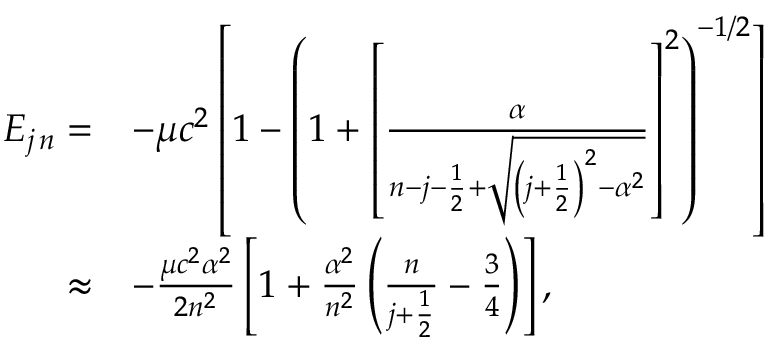
{ \begin{array} { r l } { E _ { j \, n } = } & { - \mu c ^ { 2 } \left[ 1 - \left( 1 + \left[ { \frac { \alpha } { n - j - { \frac { 1 } { 2 } } + { \sqrt { \left( j + { \frac { 1 } { 2 } } \right) ^ { 2 } - \alpha ^ { 2 } } } } } \right] ^ { 2 } \right) ^ { - 1 / 2 } \right] } \\ { \approx } & { - { \frac { \mu c ^ { 2 } \alpha ^ { 2 } } { 2 n ^ { 2 } } } \left[ 1 + { \frac { \alpha ^ { 2 } } { n ^ { 2 } } } \left( { \frac { n } { j + { \frac { 1 } { 2 } } } } - { \frac { 3 } { 4 } } \right) \right] , } \end{array} }